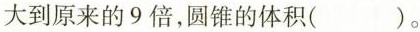
大到原来的9倍，圆锥的体积( )。